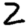
Digit: 2